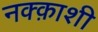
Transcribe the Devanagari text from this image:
नक्क़ाशी